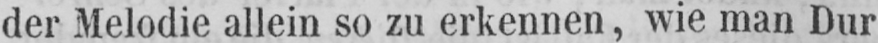
der Melodie allein so zu erkennen, wie man Dur